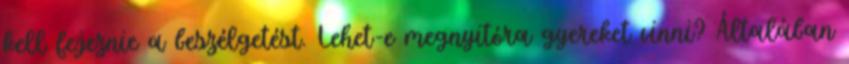
kell fejeznie a beszélgetést. Lehet-e megnyitóra gyereket vinni? Általában